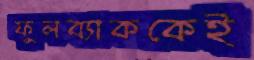
ফুলব্যাককেই